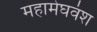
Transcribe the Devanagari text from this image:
महामेघवंश